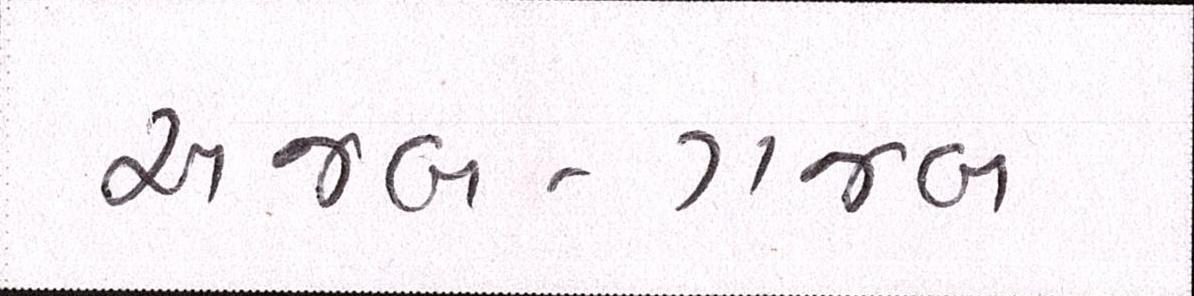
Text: અજબ-ગજબ